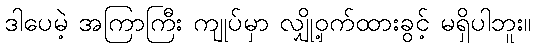
ဒါပေမဲ့ အကြာကြီး ကျုပ်မှာ လျှို့ဝှက်ထားခွင့် မရှိပါဘူး။